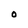
Character: O